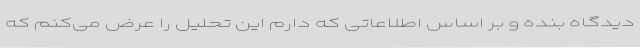
دیدگاه بنده و بر اساس اطلاعاتی که دارم این تحلیل را عرض می‌کنم که